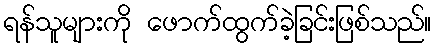
ရန်သူများကို ဖောက်ထွက်ခဲ့ခြင်းဖြစ်သည်။